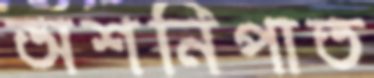
অশনিপাত